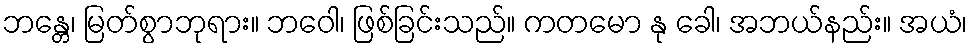
ဘန္တေ၊ မြတ်စွာဘုရား။ ဘဝေါ၊ ဖြစ်ခြင်းသည်။ ကတမော နု ခေါ၊ အဘယ်နည်း။ အယံ၊